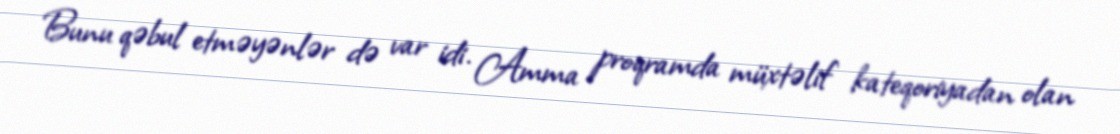
Bunu qəbul etməyənlər də var idi. Amma proqramda müxtəlif kateqoriyadan olan